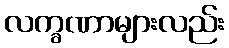
လက္ခဏာများလည်း